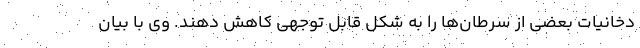
دخانیات بعضی از سرطان‌ها را به شکل قابل توجهی کاهش دهند. وی با بیان